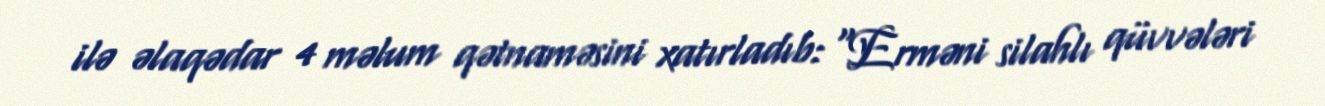
ilə əlaqədar 4 məlum qətnaməsini xatırladıb: “Erməni silahlı qüvvələri